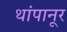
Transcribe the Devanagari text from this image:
थांपानूर